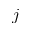
j